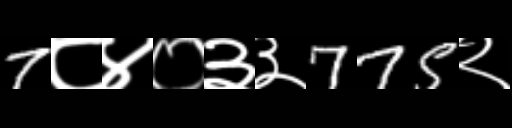
Text: 7८४०३३775२